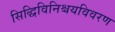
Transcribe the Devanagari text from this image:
सिद्धिविनिश्चयविवरण